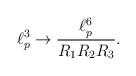
LaTeX: \begin{align*}\ell_p^3 \rightarrow \frac{\ell_p^6}{R_1 R_2 R_3}.\end{align*}